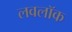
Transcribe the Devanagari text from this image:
लवलॉक